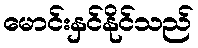
မောင်းနှင်နိုင်သည်